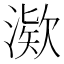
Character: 𪶿